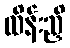
ထိန်းညှိ